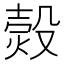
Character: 㷤